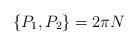
LaTeX: \begin{align*}\{P_1, P_2\}=2 \pi N \end{align*}